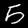
Label: 5